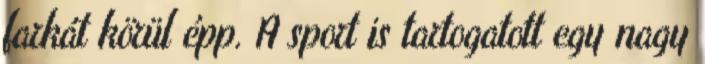
farkát körül épp. A sport is tartogatott egy nagy